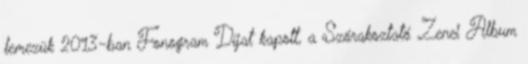
lemezük 2013-ban Fonogram Díjat kapott, a Szórakoztató Zenei Album